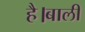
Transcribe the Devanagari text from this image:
है।बाली